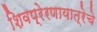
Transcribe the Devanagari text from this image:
शिवप्रेरणायात्रेचे